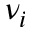
\nu _ { i }